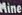
Mine